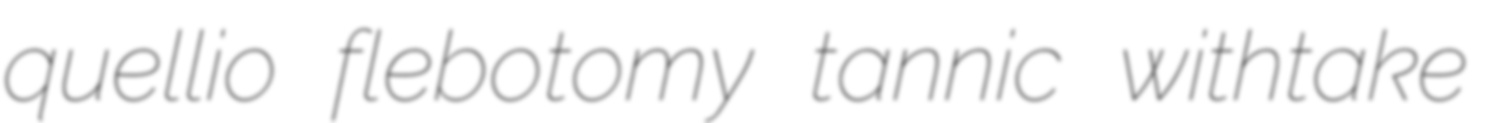
quellio flebotomy tannic withtake